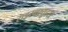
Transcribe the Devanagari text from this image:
राइखफ्युहरर